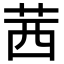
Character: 茜